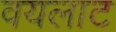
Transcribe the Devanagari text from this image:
वयलाट